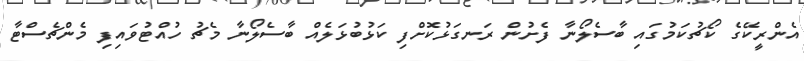
އެންރީކޭގެ ކޯޗުކަމުގައި ބާސެލޯނާ ފެށުން ރަނގަޅުކޮށްފި ކަޅުބުޅަލެއް ބާސެލޯނާ މެޗު ހުއްޓުވައިފި މެންޗެސްޓާ